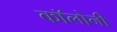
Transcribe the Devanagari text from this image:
काॅलोनी